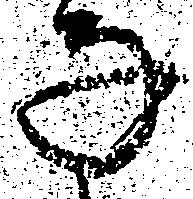
な